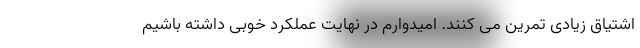
اشتیاق زیادی تمرین می کنند. امیدوارم در نهایت عملکرد خوبی داشته باشیم